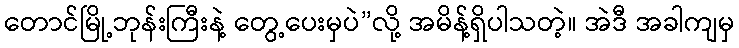
တောင်မြို့ဘုန်းကြီးနဲ့ တွေ့ပေးမှပဲ”လို့ အမိန့်ရှိပါသတဲ့။ အဲဒီ အခါကျမှ